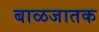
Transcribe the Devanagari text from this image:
बाळजातक